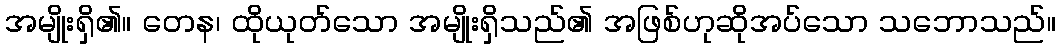
အမျိုးရှိ၏။ တေန၊ ထိုယုတ်သော အမျိုးရှိသည်၏ အဖြစ်ဟုဆိုအပ်သော သဘောသည်။